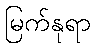
မြက်နုရာ